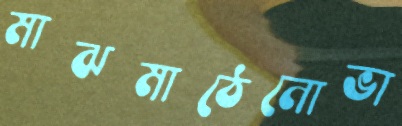
মাঝমাঠেনোভা